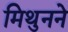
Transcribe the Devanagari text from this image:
मिथुनने